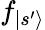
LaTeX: f_{|s^{\prime}\rangle}